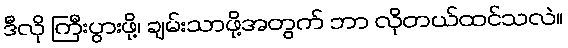
ဒီလို ကြီးပွားဖို့၊ ချမ်းသာဖို့အတွက် ဘာ လိုတယ်ထင်သလဲ။